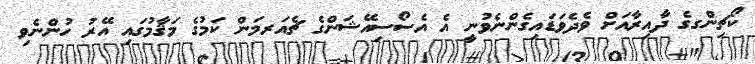
ކޯޗިންގގެ ދާއިރާއަށް ވެދެވަޑައިގެންނެވުނީ އެ އެސޯސިއޭޝަންގެ ޗެއަރމަން ކަމުގެ މަޤާމުގައި އޭރު ހުންނެވި